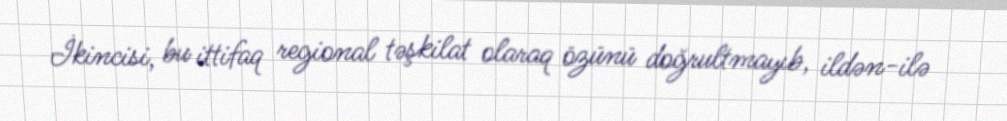
İkincisi, bu ittifaq regional təşkilat olaraq özünü doğrultmayıb, ildən-ilə